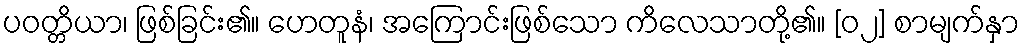
ပဝတ္တိယာ၊ ဖြစ်ခြင်း၏။ ဟေတူနံ၊ အကြောင်းဖြစ်သော ကိလေသာတို့၏။ [၀၂] စာမျက်နှာ